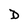
Character: D